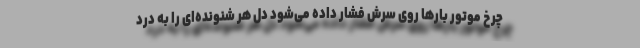
چرخ موتور بارها روی سرش فشار داده می‌شود دل هر شنونده‌ای را به درد